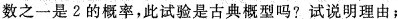
数之一是2的概率，此试验是古典概型吗?试说明理由；